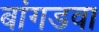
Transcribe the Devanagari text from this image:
बांगडवा